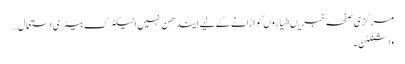
مرکزی صفحہ خبریںطیاروں کو اڑانے کے لیے ایندھن نہیں الیکٹرک بیٹری استعمال ..
واشنگٹن ۔